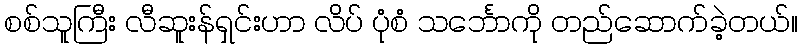
စစ်သူကြီး လီဆူးန်ရှင်းဟာ လိပ် ပုံစံ သင်္ဘောကို တည်ဆောက်ခဲ့တယ်။